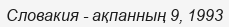
Словакия - ақпанның 9, 1993